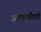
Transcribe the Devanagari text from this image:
आगगाडीमधे